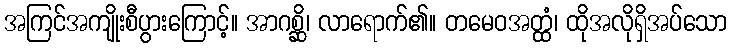
အကြင်အကျိုးစီပွားကြောင့်။ အာဂစ္ဆိ၊ လာရောက်၏။ တမေဝအတ္ထံ၊ ထိုအလိုရှိအပ်သော